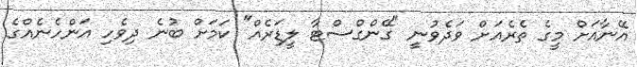
އޭނާއަށް މީގެ ތެރެއަށް ވަދެވުނީ "ގޭންގްސްޓާ ލީޑަރެއް" ކަމަށް ބުނެ ދިވެހި އަންހެނެއްގެ